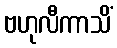
ဗဟုလီကာသိံ